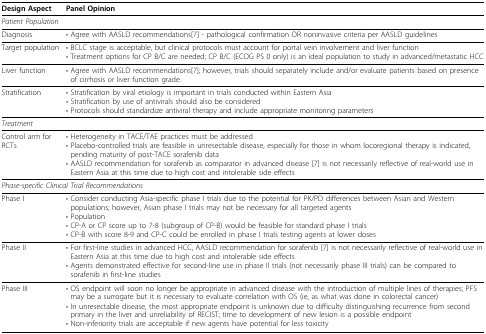
<table><thead><tr><td><b>Design Aspect</b></td><td><b>Panel Opinion</b></td></tr></thead><tbody><tr><td colspan="2"><i>Patient Population</i></td></tr><tr><td>Diagnosis</td><td>• Agree with AASLD recommendations[7] - pathological confirmation OR noninvasive criteria per AASLD guidelines</td></tr><tr><td>Target population</td><td>• BCLC stage is acceptable, but clinical protocols must account for portal vein involvement and liver function• Treatment options for CP B/C are needed; CP B/C (ECOG PS 0 only) is an ideal population to study in advanced/metastatic HCC</td></tr><tr><td>Liver function</td><td>• Agree with AASLD recommendations[7]; however, trials should separately include and/or evaluate patients based on presence of cirrhosis <i>or </i>liver function grade.</td></tr><tr><td>Stratification</td><td>• Stratification by viral etiology is important in trials conducted within Eastern Asia• Stratification by use of antivirals should also be considered• Protocols should standardize antiviral therapy and include appropriate monitoring parameters</td></tr><tr><td colspan="2"><i>Treatment</i></td></tr><tr><td>Control arm for RCTs</td><td>• Heterogeneity in TACE/TAE practices must be addressed• Placebo-controlled trials are feasible in unresectable disease, especially for those in whom locoregional therapy is indicated, pending maturity of post-TACE sorafenib data• AASLD recommendation for sorafenib as comparator in advanced disease [7] is not necessarily reflective of real-world use in Eastern Asia at this time due to high cost and intolerable side effects</td></tr><tr><td colspan="2"><i>Phase-specific Clinical Trial Recommendations</i></td></tr><tr><td>Phase I</td><td>• Consider conducting Asia-specific phase I trials due to the potential for PK/PD differences between Asian and Western populations; however, Asian phase I trials may not be necessary for all targeted agents• Population• CP-A or CP score up to 7-8 (subgroup of CP-B) would be feasible for standard phase I trials• CP-B with score 8-9 and CP-C could be enrolled in phase I trials testing agents at lower doses</td></tr><tr><td>Phase II</td><td>• For first-line studies in advanced HCC, AASLD recommendation for sorafenib [7] is not necessarily reflective of real-world use in Eastern Asia at this time due to high cost and intolerable side effects• Agents demonstrated effective for second-line use in phase II trials (not necessarily phase III trials) can be compared to sorafenib in first-line studies</td></tr><tr><td>Phase III</td><td>• OS endpoint will soon no longer be appropriate in advanced disease with the introduction of multiple lines of therapies; PFS may be a surrogate but it is necessary to evaluate correlation with OS (ie, as what was done in colorectal cancer)• In unresectable disease, the most appropriate endpoint is unknown due to difficulty distinguishing recurrence from second primary in the liver and unreliability of RECIST; time to development of new lesion is a possible endpoint• Non-inferiority trials are acceptable if new agents have potential for less toxicity</td></tr></tbody></table>